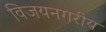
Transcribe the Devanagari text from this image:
विजयनगरीय